Civil Veterinary Dept. Assam report 1911-1927 - 1911-1927
Year: 1911
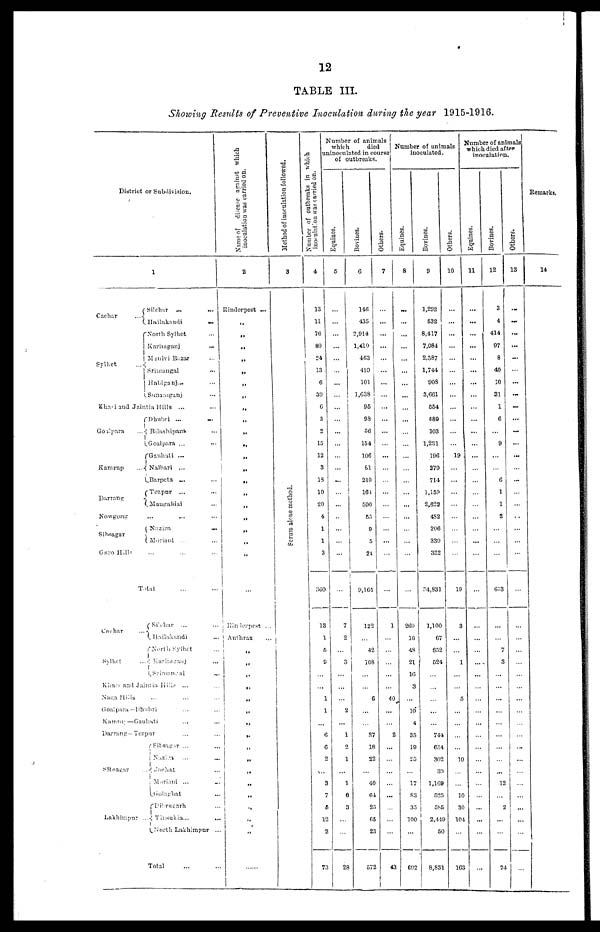
12
TABLE III.
Showing Results of Preventive Inoculation during the year 1915-1916.
Distri
ct or Subdivision.
1
Cachar
.
Sylhet
.
Silehnr ... ...
.. Hailnkandi
...
rNorth Sylhet ...
Karimganj
...
Maulvi
Bazar
...
..
Srimaugal
...
Habiganj ... ...
(Sunamganj
Khasi and Jaintia Hills ... ...
Goalpara
Kamrup
Darrang
Nowgong ... ... ...
Sihsagar
Garo Hills ... ... ...
Dhubri ... ...
... Bilashipara ...
Goal para ...
Gauhati ...
...{ Nalbari ...
Barpota ...
Tezpur ... ...
Mangaldai ...
Nazira
...
Morianl ... ...
Total
Cachar
Sylhet
Shehar ...
...
Hailakandi ...
North Sylhet ...
...Karimganj
...
Sriningal
...
Khazi and Jaintia Hills ... ...
Naga Hills
Goalpara —D
hubri ... ...
Kamrn —G
auhati
...
...
Darrang—Tezpur
Sibsagar ...
Lakhimpur ...
Sibsagar ...
Nazira ...
Jorhat ...
Moriani ...
Golaghat
...
Dibrugarh
Tinsukia ... ...
North Lakhimpur ...
Total ... ...
Name of disease against which
inoculation was carried on.
2
Rinderpest ...
„
„
„
„
„
„
„
„
„
„
„
„
„
„
„
..
„
...
Rinderpest ..
Anthrax
...
„
„
„
„
„
„
„
„
„
„
„
„
„
„
„
Method of inoculation followed.
3
Serum
alone method.
Number of outbreaks in which
inoculation was carried on.
4
13
11
76
80
24
13
6
30
6
3
2
15
12
3
18
10
20
4
1
1
3
360
18
1
6
8
...
1
1
...
6
6
2
...
3
7
6
12
2
73
Number of animals
which
died
uninocnlated in course
of outbreaks.
Equines.
6
...
...
...
...
...
...
...
...
...
...
...
...
...
...
...
7
2
3
...
...
2
...
1
2
1
...
1
6
3
...
28
Bovines.
6
146
435
2,914
1,410
463
410
101
1,638
95
9S
66
154
106
61
210
164
500
65
0
5
21
9,161
122
42
108
C
...
37
18
22
40
64
25
65
23
572
Others.
7
...
...
...
...
...
...
...
...
...
...
...
...
...
...
...
1
...
40
...
2
...
...
...
43
Number of animals
inoculated.
Equines.
8
...
...
...
...
...
...
...
...
...
...
...
...
...
260
18
4S
21
16
3
...
10
4
35
19
20
17
83
35
100
...
602
Bovines.
9
1,292
632
8,417
7,084
2,387
1,744
908
3,661
654
689
103
1,231
196
279
714
1,159
2,622
482
206
339
332
34,831
1,100
67
652
524
...
...
...
744
634
302
30
1,169
525
585
2,449
50
8,831
Others.
10
...
...
...
...
...
...
...
...
19
...
19
3
...
1
5
10
10
30
104
163
Number of animals
which died after
inoculation.
Equines.
11
...
...
...
...
...
...
...
...
...
...
...
...
...
...
...
...
...
...
...
...
...
...
...
Bovines.
12
3
4
414
97
8
40
10
31
1
6
...
9
...
6
1
1
2
...
633
...
...
7
3
...
...
...
...
12
2
...
24
Others.
13
—
...
...
...
...
..
...
...
...
...
...
....
...
...
...
...
...
...
...
...
...
...
Remarks.
14